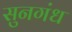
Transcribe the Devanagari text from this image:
सुनगंध